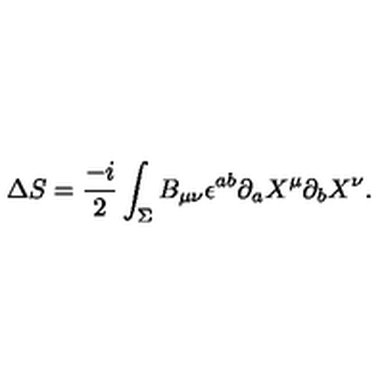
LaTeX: \Delta S = \frac { - i } { 2 } \int _ { \Sigma } B _ { \mu \nu } \epsilon ^ { a b } \partial _ { a } X ^ { \mu } \partial _ { b } X ^ { \nu } .